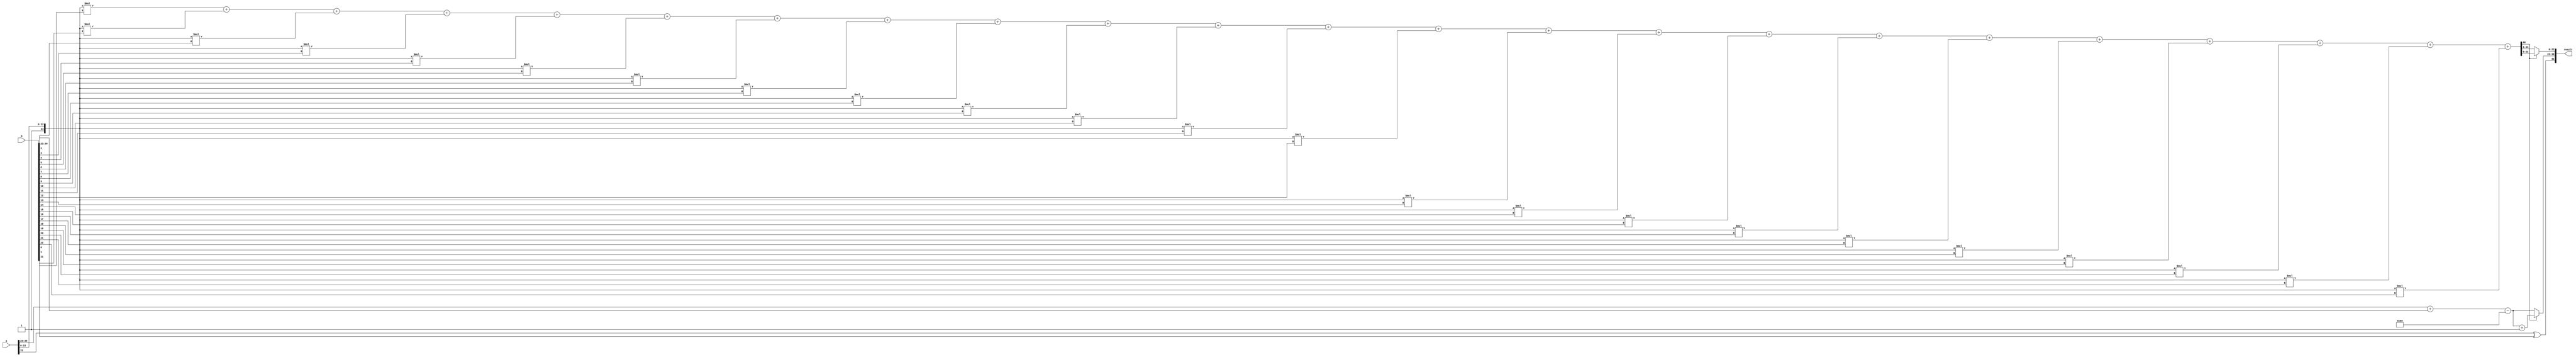
module floating_point_wallace_multiplier #(
    parameter E = 8, // Number of exponent bits
    parameter M = 23  // Number of mantissa bits
) (
    input wire [E + M + 1 - 1:0] a, // Input floating-point number A
    input wire [E + M + 1 - 1:0] b, // Input floating-point number B
    output reg [E + M + 1 - 1:0] result // Output floating-point number
);

    // Extract sign, exponent, and mantissa
    wire sign_a = a[E + M]; // Sign bit of A
    wire sign_b = b[E + M]; // Sign bit of B
    wire [E - 1:0] exp_a = a[E + M - 1:E + M - E]; // Exponent of A
    wire [E - 1:0] exp_b = b[E + M - 1:E + M - E]; // Exponent of B
    wire [M:0] mant_a = {1'b1, a[M - 1:0]}; // Mantissa of A (implicit leading 1)
    wire [M:0] mant_b = {1'b1, b[M - 1:0]}; // Mantissa of B (implicit leading 1)

    // Sign of the result
    wire sign_result = sign_a ^ sign_b;

    // Exponent calculation
    wire [E:0] exp_result = exp_a + exp_b - (1 << (E - 1)); // Adjust for bias

    // Mantissa multiplication using Wallace tree
    wire [2*M:0] partial_products [0:M-1]; // Partial products
    genvar i;
    generate
        for (i = 0; i < M; i = i + 1) begin : pp_gen
            assign partial_products[i] = mant_a * {1'b0, mant_b[i]} ; // Generate partial products
        end
    endgenerate

    // Wallace tree reduction (simplified version)
    wire [2*M:0] sum [0:M-1];
    wire [M:0] carry [0:M-1];
    // Implementing a basic reduction of partial products
    // This should be expanded into a full Wallace tree reduction logic
    assign sum[0] = partial_products[0];
    generate
        for (i = 1; i < M; i = i + 1) begin : reduction
            assign sum[i] = sum[i-1] + partial_products[i]; // Simple addition for demonstration
        end
    endgenerate

    // Final mantissa (this should be normalized)
    wire [2*M:0] mant_final = sum[M-1]; // Final mantissa before normalization

    // Normalization (simplified)
    reg [M:0] mantissa_result;
    reg [E:0] exp_final;
    always @(*) begin
        if (mant_final[2*M]) begin
            mantissa_result = mant_final[M-1:0]; // Shift right
            exp_final = exp_result + 1; // Adjust exponent
        end else begin
            mantissa_result = mant_final[M:1]; // Normalized
            exp_final = exp_result; // No adjustment
        end
    end

    // Assemble the final result
    always @(*) begin
        result = {sign_result, exp_final[E-1:0], mantissa_result[M-1:0]};
    end

endmodule